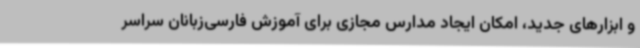
و ابزارهای جدید، امکان ایجاد مدارس مجازی برای آموزش فارسی‌زبانان سراسر